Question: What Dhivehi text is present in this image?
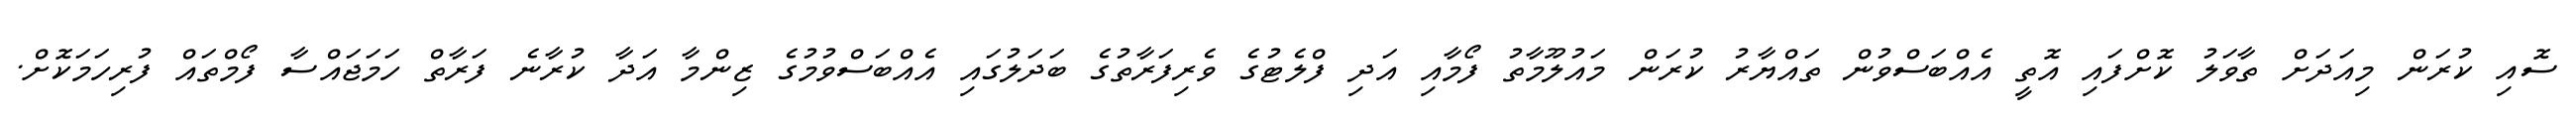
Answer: ސޮއި ކުރަން މިއަދަށް ތާވަލު ކޮށްފައި އޮތީ އެއްބަސްވުން ތައްޔާރު ކުރަން މައުލޫމާތު ފޯމާއި އަދި ފްލެޓުގެ ވެރިފަރާތުގެ ބަދަލުގައި އެއްބަސްވުމުގެ ޒިންމާ އަދާ ކުރާނެ ފަރާތް ހަމަޖައްސާ ފޯމްތައް ފުރިހަމަކޮށް.